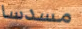
مسدسا